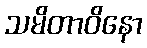
သမိတာဝိနော